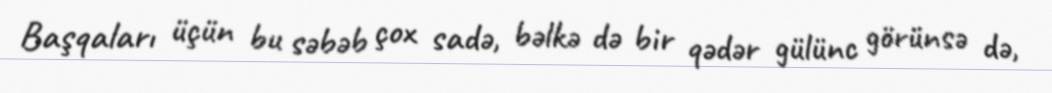
Başqaları üçün bu səbəb çox sadə, bəlkə də bir qədər gülünc görünsə də,